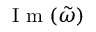
\mathrm { ~ I ~ m ~ } ( \tilde { \omega } )